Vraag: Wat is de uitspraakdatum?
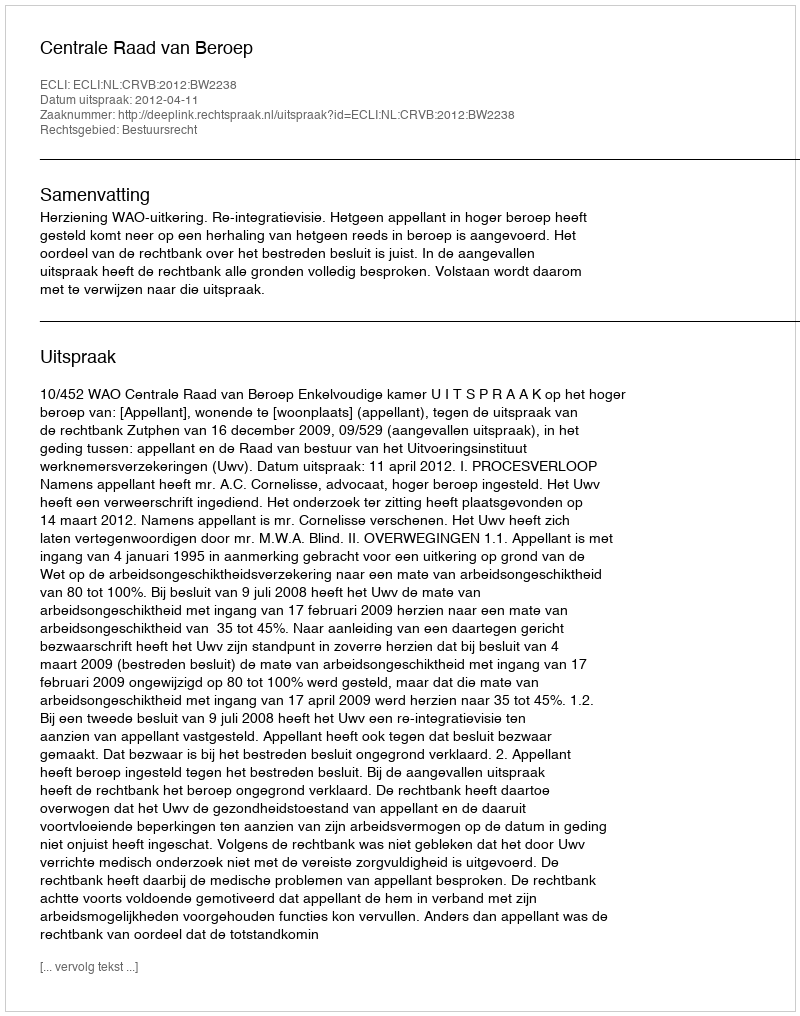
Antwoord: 2012-04-11